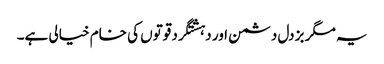
یہ مگر بزدل دشمن اور دہشتگرد قوتوں کی خام خیالی ہے۔